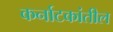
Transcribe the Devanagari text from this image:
कर्नाटकांतील